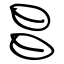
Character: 昌